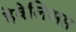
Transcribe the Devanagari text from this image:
हेवेलिअस